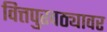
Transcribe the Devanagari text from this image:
वित्तपुरवठ्यावर